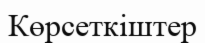
Көрсеткіштер